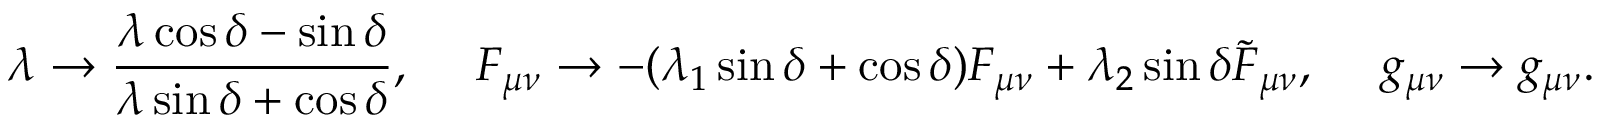
\lambda \to { \frac { \lambda \cos \delta - \sin \delta } { \lambda \sin \delta + \cos \delta } } , \ \ \ \ F _ { \mu \nu } \to - ( \lambda _ { 1 } \sin \delta + \cos \delta ) F _ { \mu \nu } + \lambda _ { 2 } \sin \delta \tilde { F } _ { \mu \nu } , \ \ \ \ g _ { \mu \nu } \to g _ { \mu \nu } .